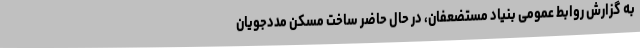
به گزارش روابط عمومی بنیاد مستضعفان، در حال حاضر ساخت مسکن مددجویان